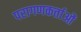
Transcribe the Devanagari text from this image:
परागणकर्ताओं